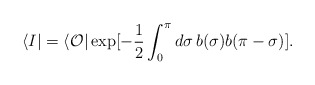
\begin{align*}\langle I|=\langle {\cal O}|\exp [-\frac12 \int^{\pi}_0d\sigma\, b(\sigma)b(\pi-\sigma) ]. \end{align*}